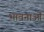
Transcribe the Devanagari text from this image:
भावनाऒं